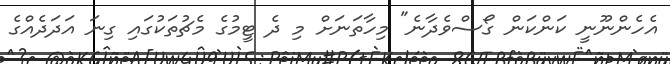
އެހެންނޫނީ ކަންކަން ގޯސްވެދާނެ" މިހާތަނަށް މި ދެ ޓީމުގެ މެޗުތަކުގައި ގިނަ އަދަދެއްގެ